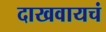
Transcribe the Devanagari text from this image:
दाखवायचं